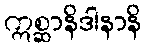
ဣစ္ဆာနိဒါနာနိ